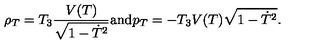
\rho _ { T } = T _ { 3 } \frac { V ( T ) } { \sqrt { 1 - \dot { T } ^ { 2 } } } \mathrm { a n d } p _ { T } = - T _ { 3 } V ( T ) \sqrt { 1 - \dot { T } ^ { 2 } } .